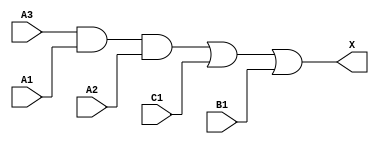
module sky130_fd_sc_ls__a311o (
    X ,
    A1,
    A2,
    A3,
    B1,
    C1
);

    // Module ports
    output X ;
    input  A1;
    input  A2;
    input  A3;
    input  B1;
    input  C1;

    // Module supplies
    supply1 VPWR;
    supply0 VGND;
    supply1 VPB ;
    supply0 VNB ;

    // Local signals
    wire and0_out ;
    wire or0_out_X;

    //  Name  Output     Other arguments
    and and0 (and0_out , A3, A1, A2      );
    or  or0  (or0_out_X, and0_out, C1, B1);
    buf buf0 (X        , or0_out_X       );

endmodule